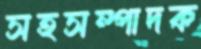
সহসম্পাদক